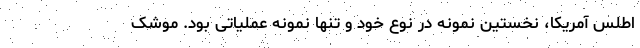
اطلس آمریکا، نخستین نمونه در نوع خود و تنها نمونه عملیاتی بود. موشک